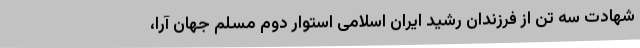
شهادت سه تن از فرزندان رشید ایران اسلامی استوار دوم مسلم جهان آرا،